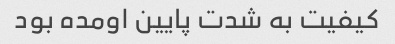
کیفیت به شدت پایین اومده بود